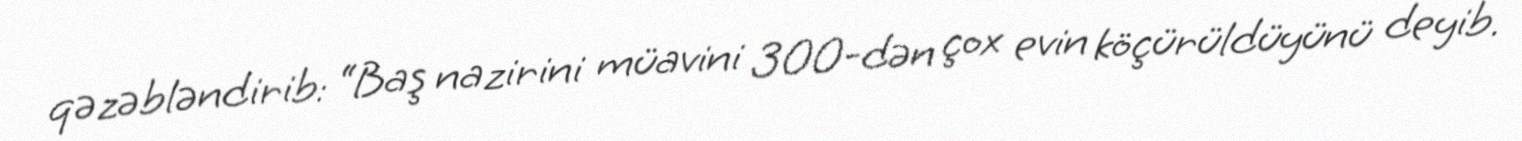
qəzəbləndirib: “Baş nazirini müavini 300-dən çox evin köçürüldüyünü deyib.